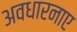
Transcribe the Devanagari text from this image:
अवधारनाए